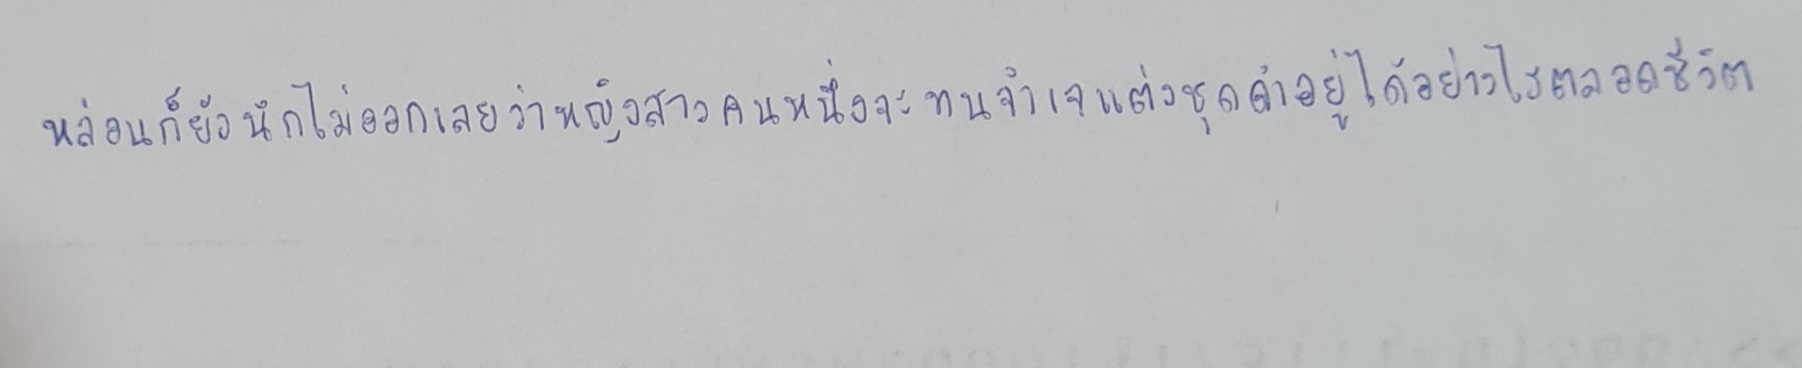
หล่อนก็ยังนึกไม่ออกเลยว่าหญิงสาวคนหนึ่งจะทนจำเจแต่งชุดดำอยู่ได้อย่างไรตลอดชีวิต